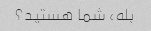
بله، شما هستید؟